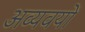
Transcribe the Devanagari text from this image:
अव्यवयों